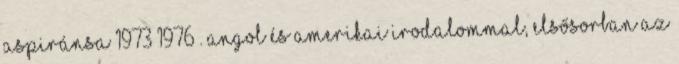
aspiránsa 1973–1976 . Angol és amerikai irodalommal, elsősorban az